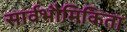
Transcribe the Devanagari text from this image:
सार्वभौमिकिता